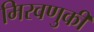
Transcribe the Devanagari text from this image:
मिरवणुकी